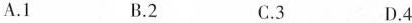
A.1 B.2 C.3 D.4